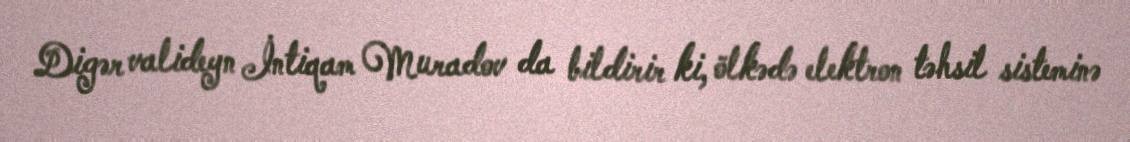
Digər valideyn İntiqam Muradov da bildirir ki, ölkədə elektron təhsil sisteminə